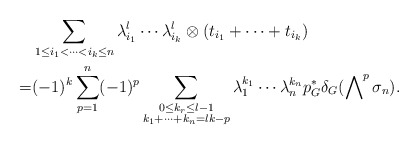
\begin{align*}&\sum_{1\leq i_1<\cdots<i_k\leq n}\lambda_{i_1}^l\cdots\lambda_{i_k}^l\otimes(t_{i_1}+\cdots+t_{i_k})\\=&(-1)^{k}\sum_{p=1}^n(-1)^{p}\sum_{\substack{0\leq k_r\leq l-1\\k_1+\cdots+k_n=lk-p}}\lambda_1^{k_1}\cdots\lambda_n^{k_n}p_G^*\delta_G(\bigwedge\nolimits^{p}\sigma_n).\end{align*}